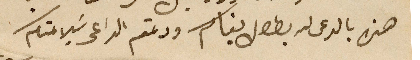
هذه بالدعى لله بطول بقاكم ودمتم الداعي سَلامتكم